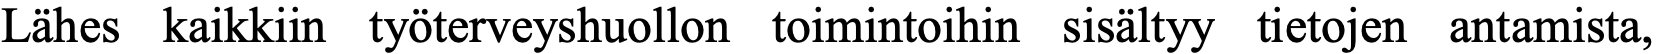
Lähes kaikkiin työterveyshuollon toimintoihin sisältyy tietojen antamista,